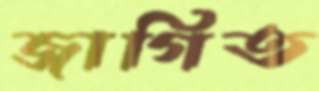
জাগিত